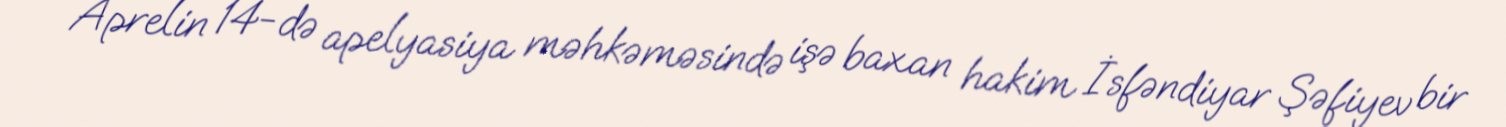
Aprelin 14-də apelyasiya məhkəməsində işə baxan hakim İsfəndiyar Şəfiyev bir